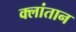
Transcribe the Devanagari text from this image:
क्लांतान